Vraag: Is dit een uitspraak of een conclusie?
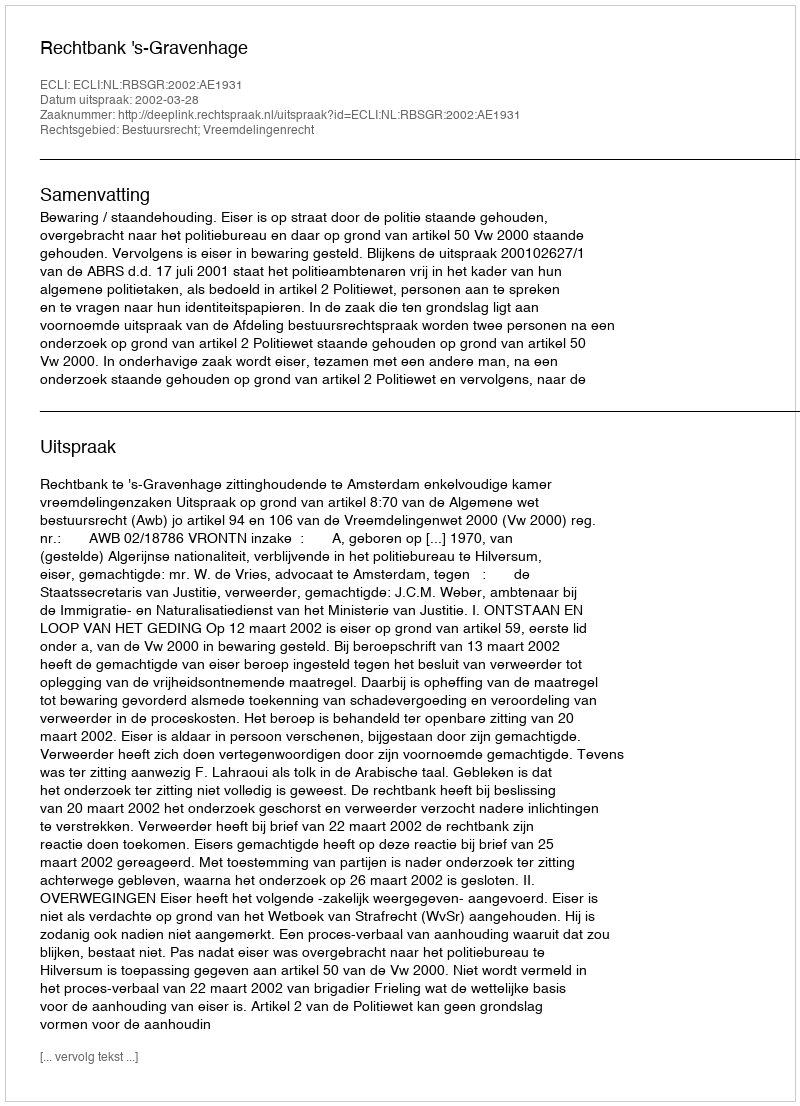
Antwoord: Uitspraak